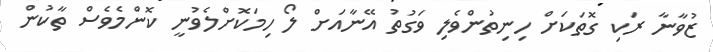
ޒުވާނާ ރަކި ގޮތަކަށް ހިނިތުންވެލި ވަގުތު އޭނާއަށް ލޯ ހިމަކޮށްލެވުނީ ކޮންމެވެސް ތާކުން